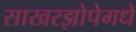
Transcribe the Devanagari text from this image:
साखरझोपेमधे